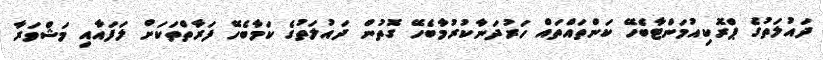
ދައުލަތުގެ ޕްރޮކިއުމަންޓާބެހޭ ކަންތައްތައް ހަރުދަނާކުރުމާބެހޭ ގޮތުން ދައުލަތުގެ ކަމާބެހޭ ފަރާތްތަކަށް ލަފައާއި މަޝްވަރާ